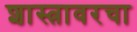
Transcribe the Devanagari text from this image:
शास्त्रावरचा